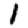
Digit: 1